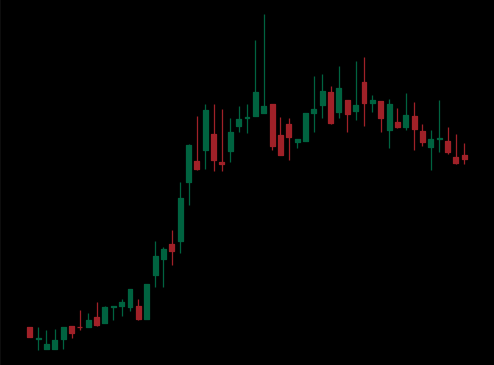
Pattern: bear_flag